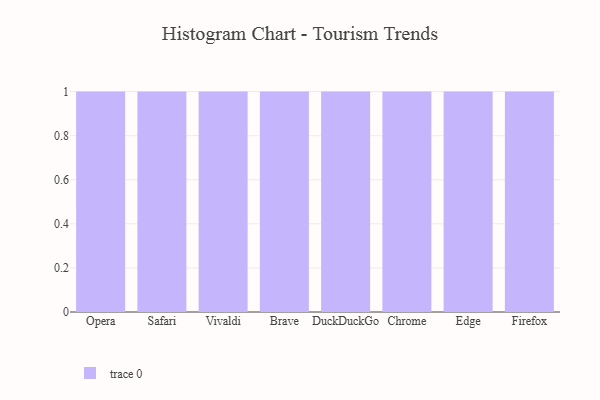
{"axis": {"x": "Browser", "y": "Shipments"}, "legend": [""], "data": [{"x": "Opera", "y": 93, "type": ""}, {"x": "Safari", "y": 11, "type": ""}, {"x": "Vivaldi", "y": 49, "type": ""}, {"x": "Brave", "y": 77, "type": ""}, {"x": "DuckDuckGo", "y": 54, "type": ""}, {"x": "Chrome", "y": 39, "type": ""}, {"x": "Edge", "y": 5, "type": ""}, {"x": "Firefox", "y": 97, "type": ""}]}